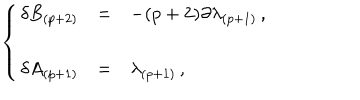
LaTeX: \left\{ \begin{array} { r c l } { { \delta B _ { ( p + 2 ) } } } & { { = } } & { { - ( p + 2 ) \partial \lambda _ { ( p + 1 ) } \, , } } \\ { { } } & { { } } & { { } } \\ { { \delta A _ { ( p + 1 ) } } } & { { = } } & { { \lambda _ { ( p + 1 ) } \, , } } \\ \end{array} \right.